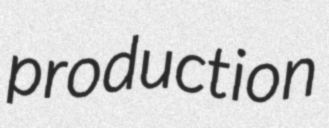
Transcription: production